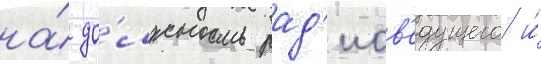
на́ до́лжность рад'иов'едущего и́